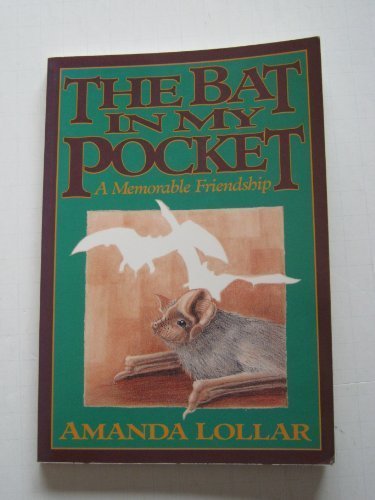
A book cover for The Bat in My Pocket: A Memorable Friendship; Amanda Lollar; Sports & Outdoors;